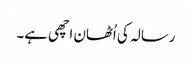
رسالہ کی اُٹھان اچھی ہے۔